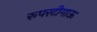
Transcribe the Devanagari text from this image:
रूपरटीगाऊ